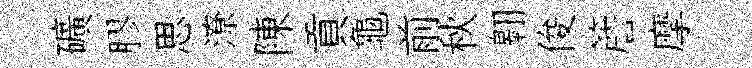
礦膠思潦陳貢龜前秋翱俊簷摩